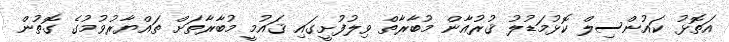
އަތޮޅު ކައުންސިލް ކޮޅުމަޑުލު ޤުރުއާން މުބާރާތް ވިލުފުށީގައި ޤައުމީ މުބާރާތަށް ތައްޔާރުވުމުގެ ގޮތުން